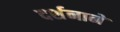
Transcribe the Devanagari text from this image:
दर्शनानें